Relation of titanus [i.e. tetanus] to the hypodermic or intramuscular injection of quinine - Number 43
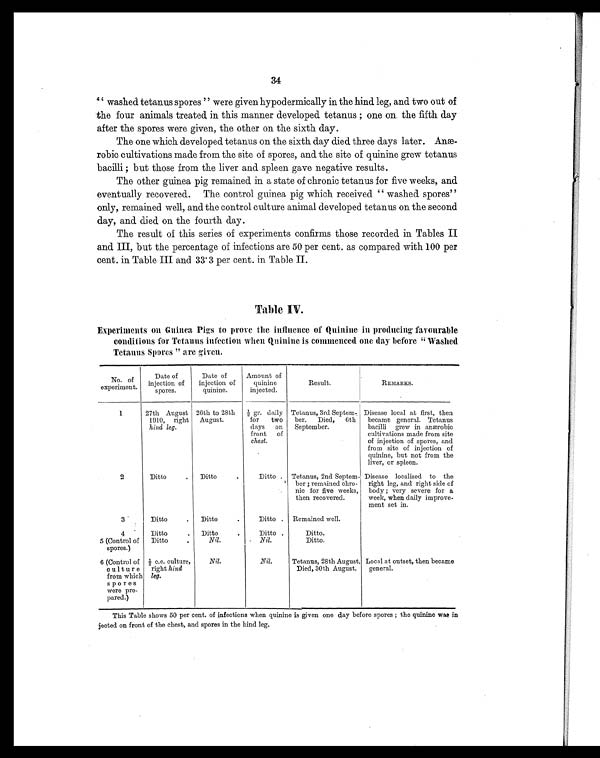
34
"washed tetanus spores " were given hypodermically in the hind leg, and two out of
the four animals treated in this manner developed tetanus; one on the fifth day
after the spores were given, the other on the sixth day.
The one which developed tetanus on the sixth day died three days later. Anæ-
robic cultivations made from the site of spores, and the site of quinine grew tetanus
bacilli; but those from the liver and spleen gave negative results.
The other guinea pig remained in a state of chronic tetanus for five weeks, and
eventually recovered. The control guinea pig which received " washed spores"
only, remained well, and the control culture animal developed tetanus on the second
day, and died on the fourth day.
The result of this series of experiments confirms those recorded in Tables II
and III, but the percentage of infections are 50 per cent. as compared with 100 per
cent. in Table III and 33.3 per cent. in Table II.
Table IV.
Experiments on Guinea Pigs to prove the influence of Quinine in producing favourable
conditions for Tetanus infection when Quinine is commenced one day before " Washed
Tetanus Spores " are given.
No. of
experiment.
Date of
injection of
spores.
Date of
injection of
quinine.
Amount of
quinine
injected.
Result.
REMARKS.
1
27th August
1910, right
hind leg.
26th to 28th
August.
½ g r . d a i l y
for two
days on
front of
chest.
Tetanus, 3rd Septem-
ber. Died, 6th
September.
Disease local at first, then
became general. Tetanus
bacilli grew in anærobic
cultivations made from site
of injection of spores, and
from site of injection of
quinine, but not from the
liver, or spleen.
2
Ditto
. Ditto
.
Ditto . Tetanus, 2nd Septem-
ber ; remained chro-
nic for five weeks,
then recovered.
Disease localised to the
right leg, and right side of
body; very severe for a
week, when daily improve-
ment set in.
3
Ditto
. Ditto
.
Ditto . Remained well.
4
Ditto
. Ditto
.
Ditto .
Ditto.
5 (Control of
spores.)
Ditto
.
Nil.
Nil.
Ditto.
6 (Control of
culture
from which
spores
were pre-
pared.)
½ c.c. culture,
right hind
leg.
Nil.
Nil.
Tetanus, 28th August.
Died, 30th August.
Local at outset, then became
general.
This Table shows 50 per cent. of infections when quinine is given one day before spores; the quinine was in
jected on front of the chest, and spores in the hind leg.